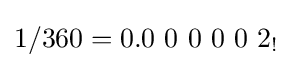
1/360=0.0\ 0\ 0\ 0\ 0\ 2_{!}